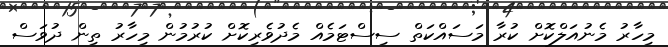
މިހާރު މެނުއަލްކޮށް ކުރާ މަސައްކަތް ސިސްޓަމެއް މެދުވެރިކޮށް ކުުރުމުން މިހާރު ތިން ދުވަސް